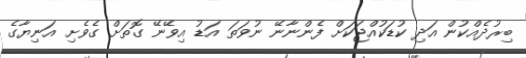
ބިރުދެއްކުން އަދި ކުޑަކުއްޖަކަށް ފެންނާނޭ ނުވަތަ އަޑު އިވޭނޭ ގޮތަށް ގެވެށި އަނިޔާގެ